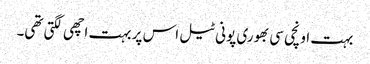
بہت اونچی سی بھوری پونی ٹیل اس پر بہت اچھی لگتی تھی۔